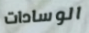
الوسادات